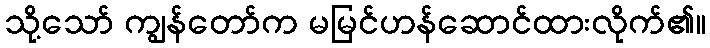
သို့သော် ကျွန်တော်က မမြင်ဟန်ဆောင်ထားလိုက်၏။